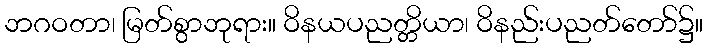
ဘဂဝတာ၊ မြတ်စွာဘုရား။ ဝိနယပညတ္တိယာ၊ ဝိနည်းပညတ်တော်၌။